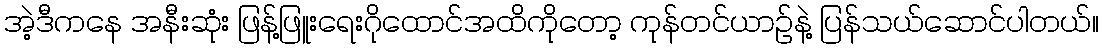
အဲ့ဒီကနေ အနီးဆုံး ဖြန့်ဖြူးရေးဂိုထောင်အထိကိုတော့ ကုန်တင်ယာဥ်နဲ့ ပြန်သယ်ဆောင်ပါတယ်။